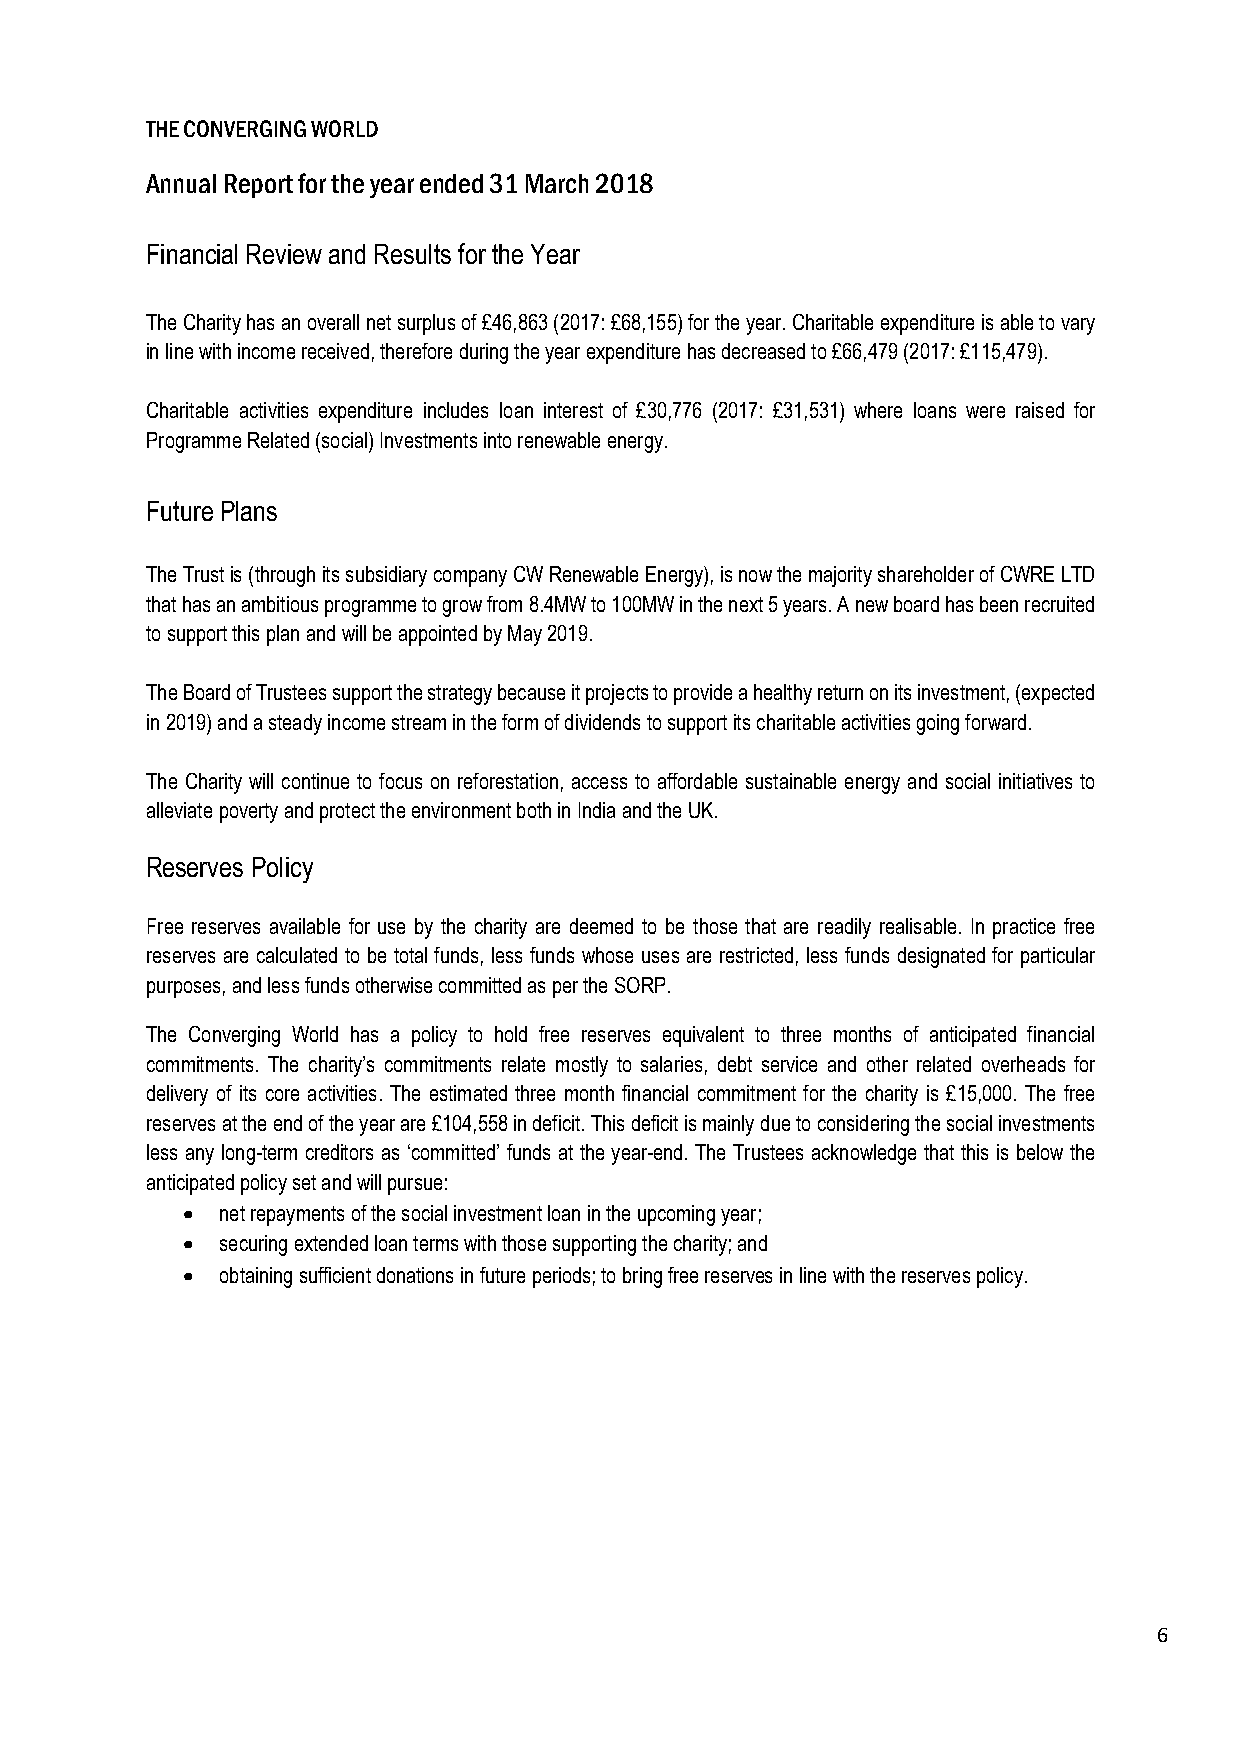
THE CONVERGING WORLD
 Annual Report for the year ended 31 March 2018
 Financial Review and Results for the Year
 The Charity has an overall net surplus of £46,863 (2017: £68,155) for the year. Charitable expenditure is able to vary
 in line with income received, therefore during the year expenditure has decreased to £66,479 (2017: £115,479).
 Charitable activities expenditure includes loan interest of £30,776 (2017: £31,531) where loans were raised for
 Programme Related (social) Investments into renewable energy.
 Future Plans
 The Trust is (through its subsidiary company CW Renewable Energy), is now the majority shareholder of CWRE LTD
 that has an ambitious programme to grow from 8.4MW to 100MW in the next 5 years. A new board has been recruited
 to support this plan and will be appointed by May 2019.
 The Board of Trustees support the strategy because it projects to provide a healthy return on its investment, (expected
 in 2019) and a steady income stream in the form of dividends to support its charitable activities going forward.
 The Charity will continue to focus on reforestation, access to affordable sustainable energy and social initiatives to
 alleviate poverty and protect the environment both in India and the UK.
 Reserves Policy
 Free reserves available for use by the charity are deemed to be those that are readily realisable. In practice free
 reserves are calculated to be total funds, less funds whose uses are restricted, less funds designated for particular
 purposes, and less funds otherwise committed as per the SORP.
 The Converging World has a policy to hold free reserves equivalent to three months of anticipated financial
 commitments. The charity’s commitments relate mostly to salaries, debt service and other related overheads for
 delivery of its core activities. The estimated three month financial commitment for the charity is £15,000. The free
 reserves at the end of the year are £104,558 in deficit. This deficit is mainly due to considering the social investments
 less any long-term creditors as ‘committed’ funds at the year-end. The Trustees acknowledge that this is below the
 anticipated policy set and will pursue:
  net repayments of the social investment loan in the upcoming year;
  securing extended loan terms with those supporting the charity; and
  obtaining sufficient donations in future periods; to bring free reserves in line with the reserves policy.
 6